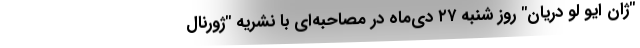
"ژان ایو لو دریان" روز شنبه ۲۷ دی‌ماه در مصاحبه‌ای با نشریه "ژورنال